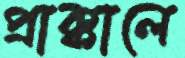
প্রাক্কালে